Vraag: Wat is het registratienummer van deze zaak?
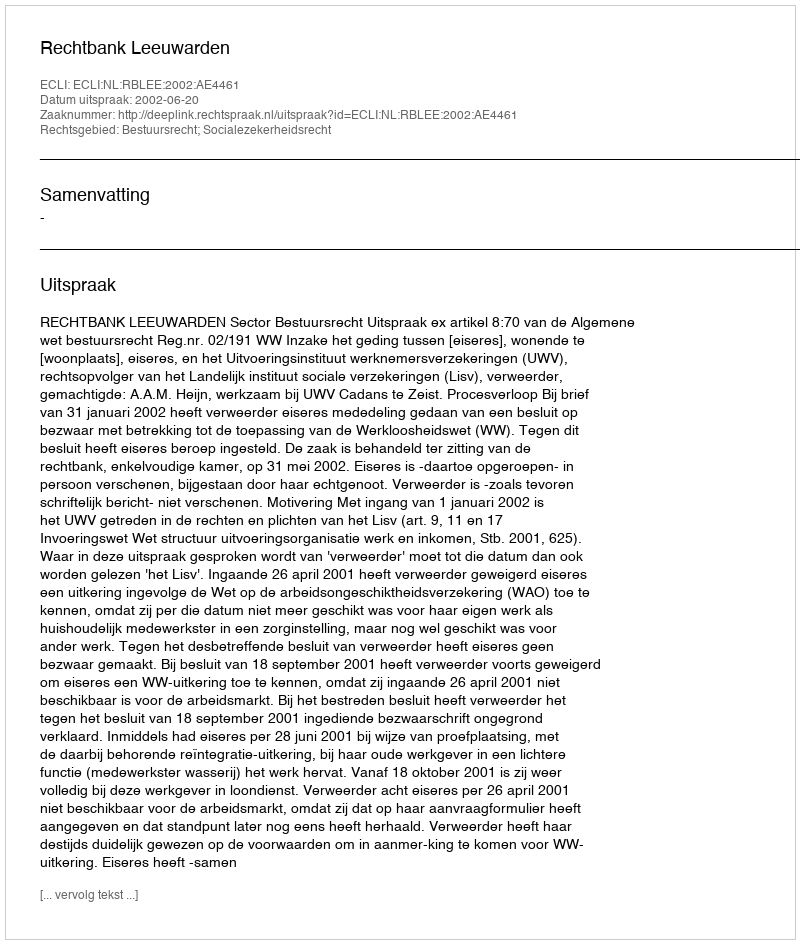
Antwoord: http://deeplink.rechtspraak.nl/uitspraak?id=ECLI:NL:RBLEE:2002:AE4461